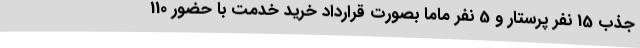
جذب 15 نفر پرستار و 5 نفر ماما بصورت قرارداد خرید خدمت با حضور 110